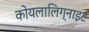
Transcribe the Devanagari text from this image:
कोयलालिग्नाइट